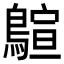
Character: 𪃗